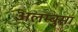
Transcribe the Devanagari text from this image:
अलम्बुसा